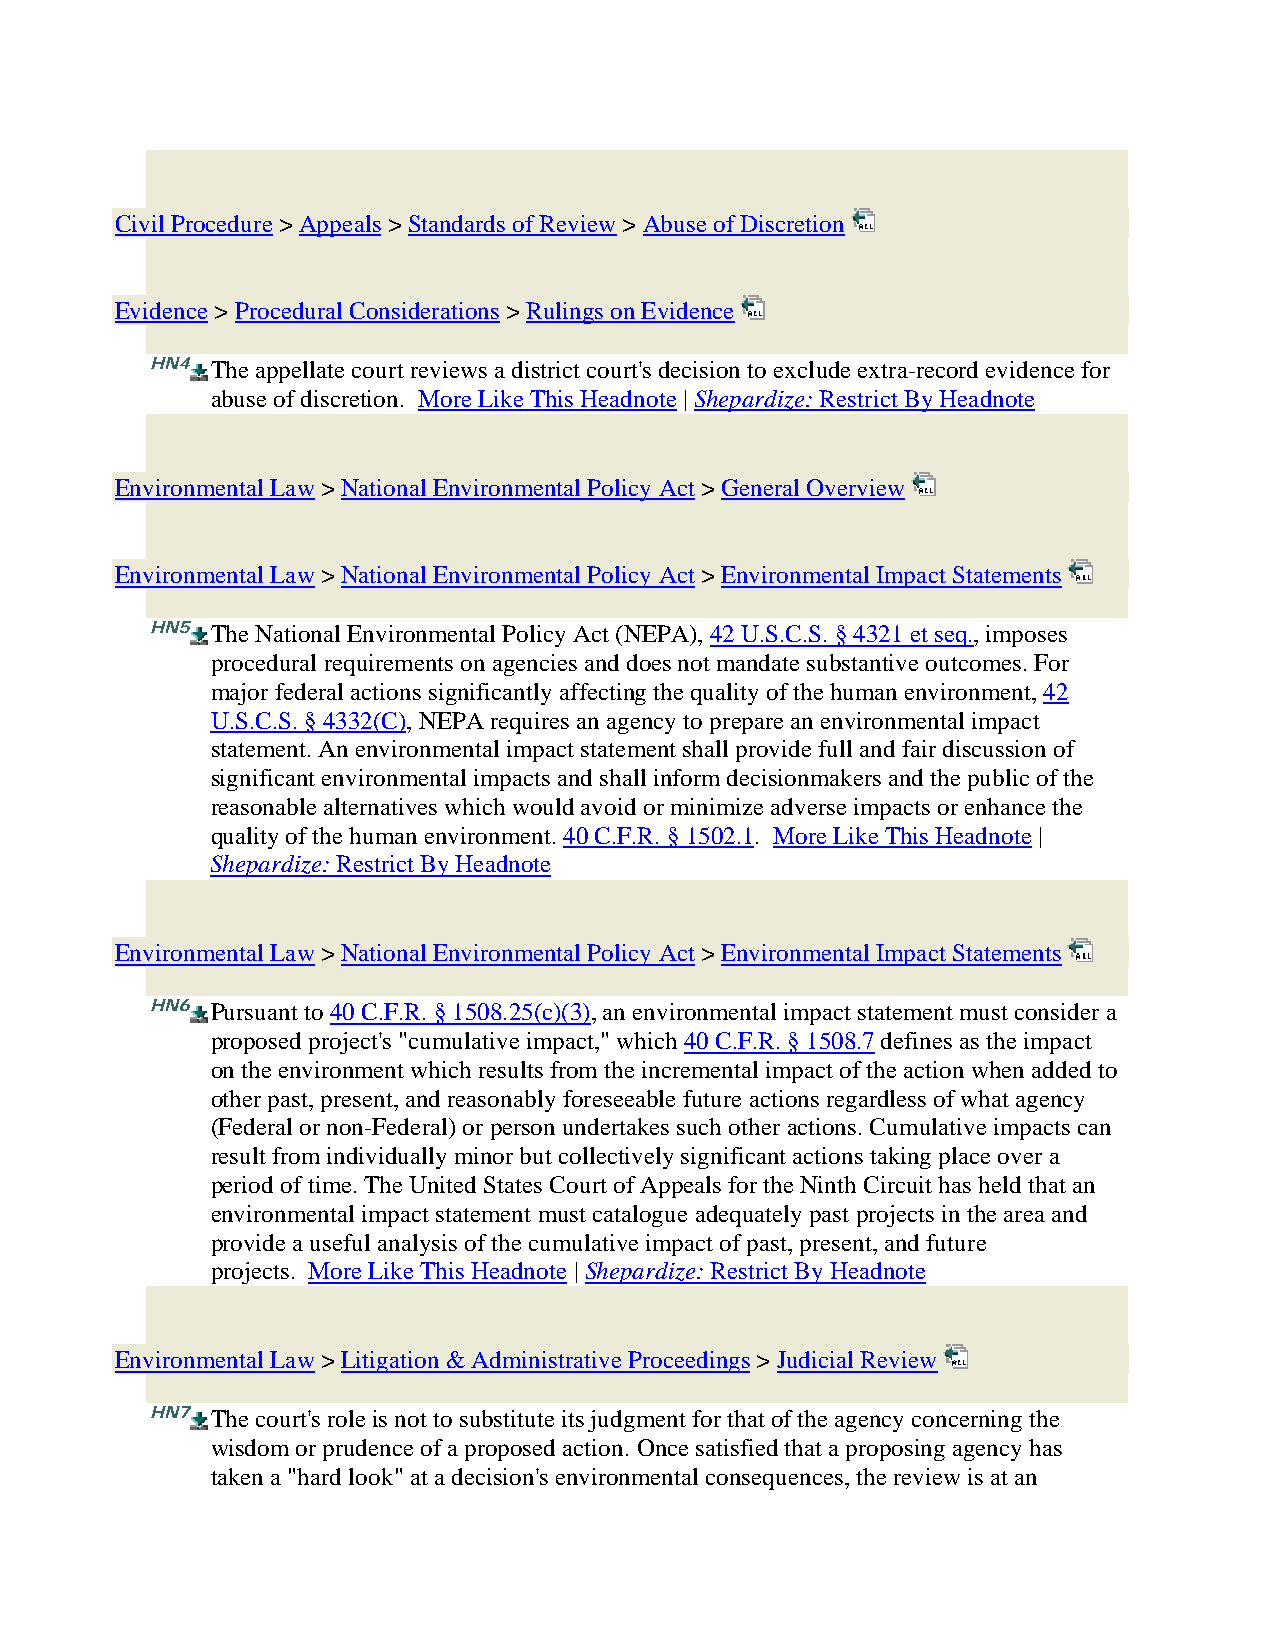
Civil Procedure > Appeals > Standards of Review > Abuse of Discretion
 Evidence > Procedural Considerations > Rulings on Evidence
 HN4 The appellate court reviews a district court's decision to exclude extra-record evidence for
 abuse of discretion. More Like This Headnote | Shepardize: Restrict By Headnote
 Environmental Law > National Environmental Policy Act > General Overview
 Environmental Law > National Environmental Policy Act > Environmental Impact Statements
 HN5 The National Environmental Policy Act (NEPA), 42 U.S.C.S. § 4321 et seq., imposes
 procedural requirements on agencies and does not mandate substantive outcomes. For
 major federal actions significantly affecting the quality of the human environment, 42
 U.S.C.S. § 4332(C), NEPA requires an agency to prepare an environmental impact
 statement. An environmental impact statement shall provide full and fair discussion of
 significant environmental impacts and shall inform decisionmakers and the public of the
 reasonable alternatives which would avoid or minimize adverse impacts or enhance the
 quality of the human environment. 40 C.F.R. § 1502.1. More Like This Headnote |
 Shepardize: Restrict By Headnote
 Environmental Law > National Environmental Policy Act > Environmental Impact Statements
 HN6 Pursuant to 40 C.F.R. § 1508.25(c)(3), an environmental impact statement must consider a
 proposed project's "cumulative impact," which 40 C.F.R. § 1508.7 defines as the impact
 on the environment which results fromthe incremental impact of the action when added to
 other past, present, and reasonably foreseeable future actions regardless of what agency
 (Federal or non-Federal) or person undertakes such other actions. Cumulative impacts can
 result from individually minor but collectively significant actions taking place over a
 period of time. The United States Court of Appeals for the Ninth Circuit has held that an
 environmental impact statement must catalogue adequately past projects in the area and
 provide a useful analysis of the cumulative impact of past, present, and future
 projects. More Like This Headnote | Shepardize: Restrict By Headnote
 Environmental Law > Litigation & Administrative Proceedings > Judicial Review
 HN7 The court's role is not to substitute its judgment for that of the agency concerning the
 wisdom or prudence of a proposed action. Once satisfied that a proposing agency has
 taken a "hard look" at a decision's environmental consequences, the review is at an